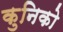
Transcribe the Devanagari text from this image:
कुनिको